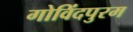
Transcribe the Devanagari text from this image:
गोविंदपुरम